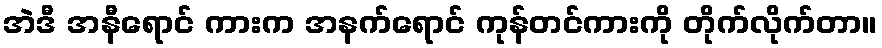
အဲဒီ အနီရောင် ကားက အနက်ရောင် ကုန်တင်ကားကို တိုက်လိုက်တာ။